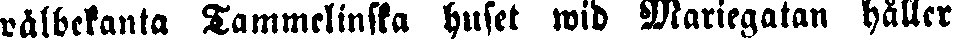
välbekanta Tammelinska huset wid Mariegatan håller